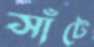
সাঁটে